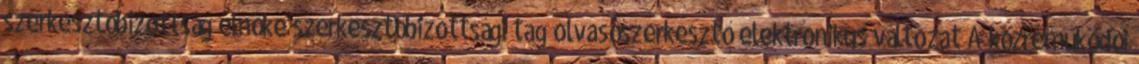
szerkesztőbizottság elnöke szerkesztőbizottsági tag olvasószerkesztő elektronikus változat A közreműködői